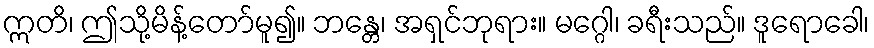
ဣတိ၊ ဤသို့မိန့်တော်မူ၍။ ဘန္တေ၊ အရှင်ဘုရား။ မဂ္ဂေါ၊ ခရီးသည်။ ဒူရောခေါ၊